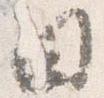
日